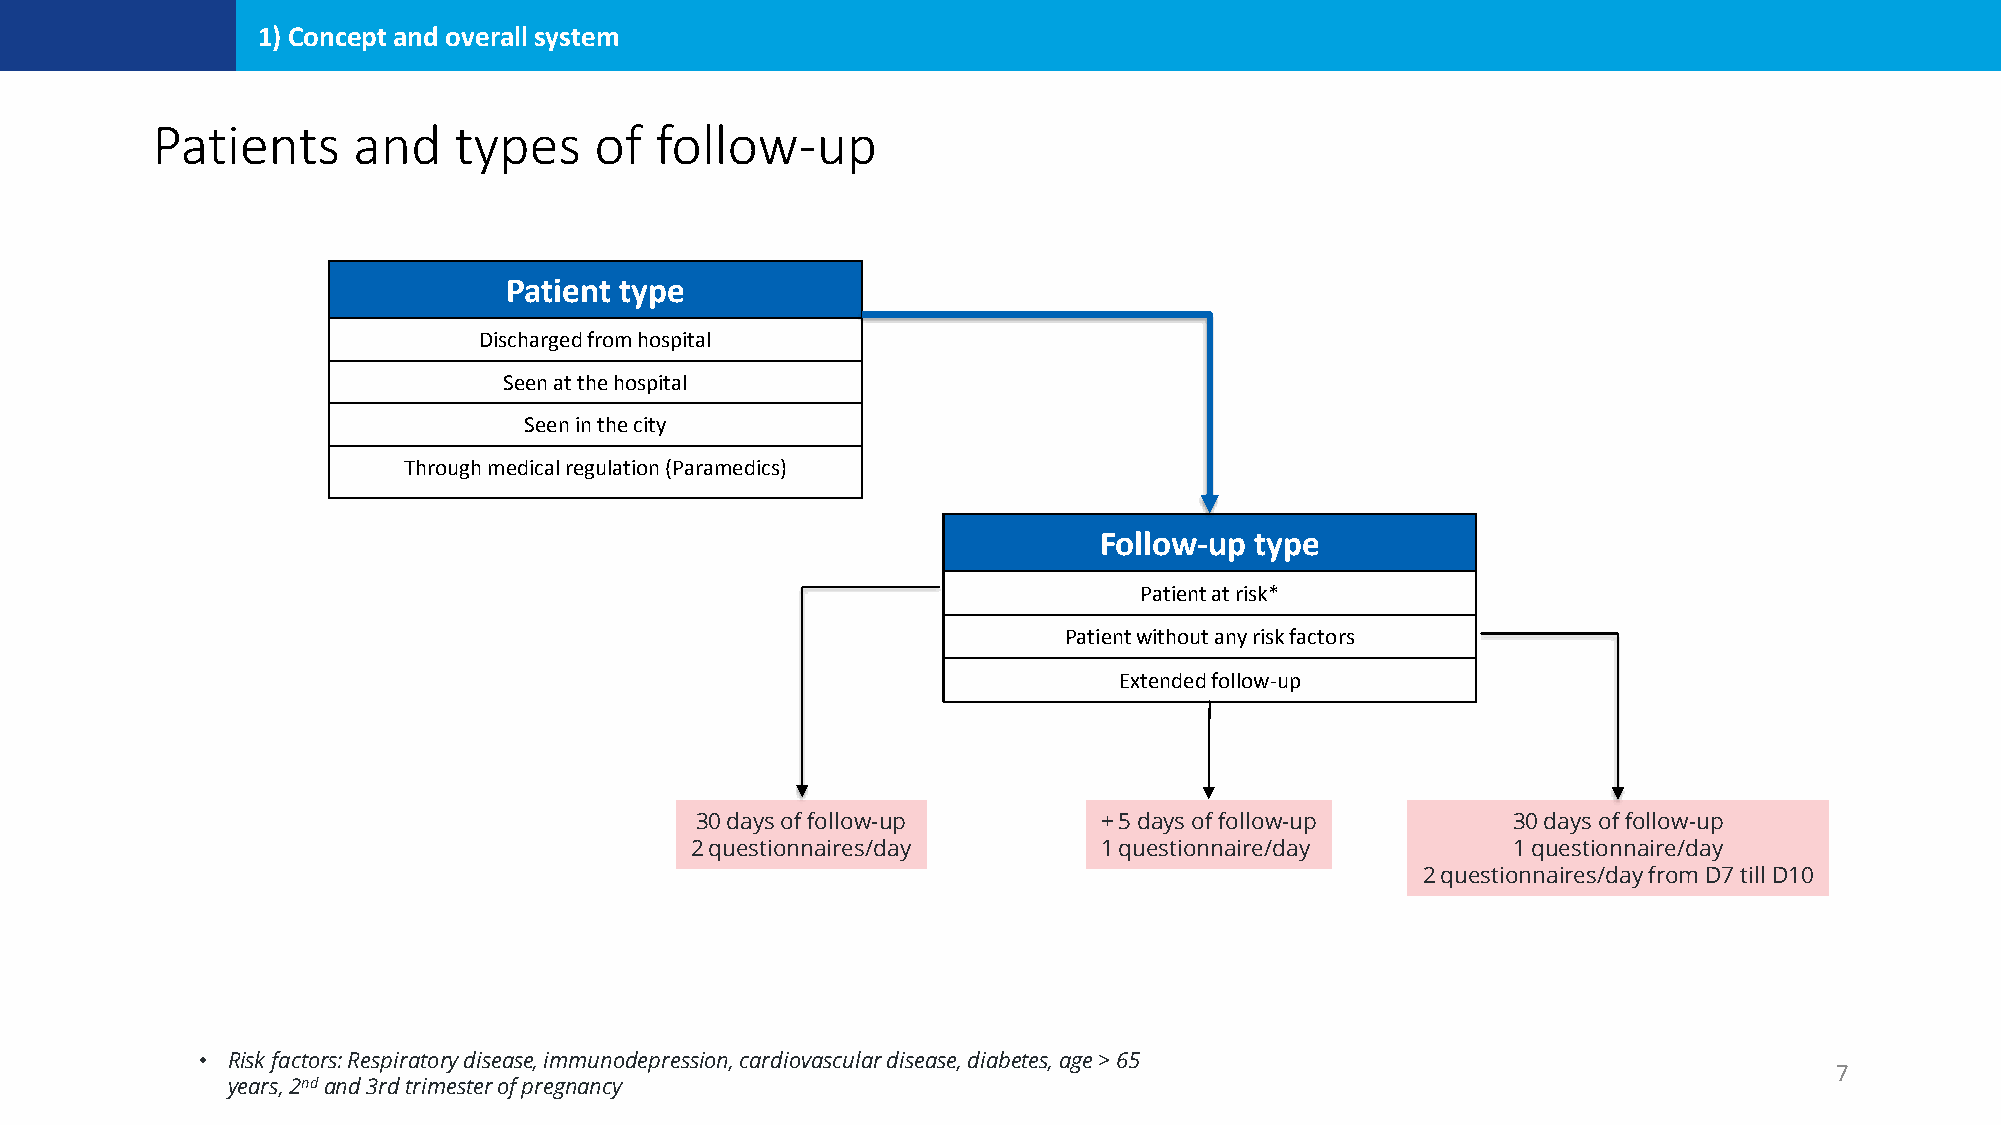
1) Concept and overall system
 Patients     and    types    of  follow-up
 Patient type
 Discharged from hospital
 Seen at the hospital
 Seen in the city
 Through medical regulation (Paramedics)
 Follow-up type
 Patient at risk*
 Patient without any risk factors
 Extended follow-up
 30 days of follow-up       + 5 days of follow-up      30 days of follow-up
 2 questionnaires/day       1 questionnaire/day        1 questionnaire/day
 2 questionnaires/day from D7 till D10
 • Risk factors: Respiratory disease, immunodepression, cardiovascular disease, diabetes, age > 65
 7
 years, 2ndand 3rd trimester of pregnancy